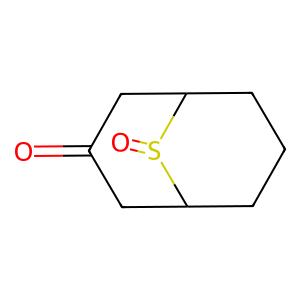
SMILES: O=C1CC2CCCC(C1)S2=O
Inhibits HIV replication: No